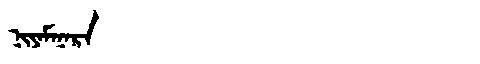
Manchu: ᠨᡳᠶᠠᠮᠠᠨᠠᡵᠠ
Romanization: NIYAMANARA